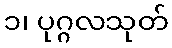
၁၊ ပုဂ္ဂလသုတ်